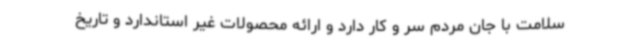
سلامت با جان مردم سر و کار دارد و ارائه محصولات غیر استاندارد و تاریخ